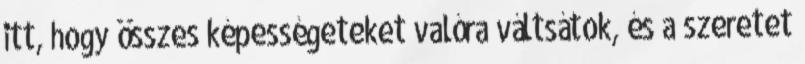
itt, hogy összes képességeteket valóra váltsátok, és a szeretet